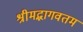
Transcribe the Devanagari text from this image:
श्रीमद्भागवतम